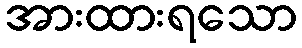
အားထားရသော